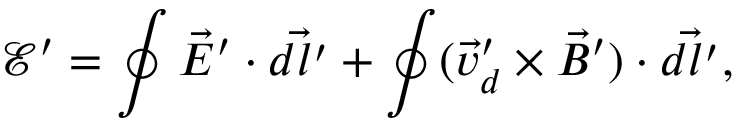
{ \mathcal E ^ { \prime } } = \oint { \vec { E } ^ { \prime } \cdot \vec { d l ^ { \prime } } } + \oint ( \vec { v } _ { d } ^ { \prime } \times \vec { B } ^ { \prime } ) \cdot \vec { d l ^ { \prime } } ,